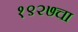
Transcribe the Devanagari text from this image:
१९२७चा